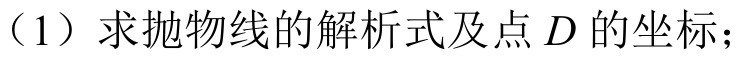
（1）求抛物线的解析式及点\(D\)的坐标；